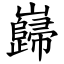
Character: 巋